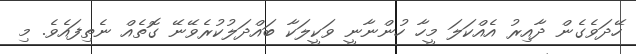
ހޭދަވެގެން ދާއިރު އެއްކަލަ މީހާ ހުންނާނީ ވަކީލަކާ ބައްދަލުކުރެވޭނޭ ގޮތެއް ނެތިފައެވެ. މި